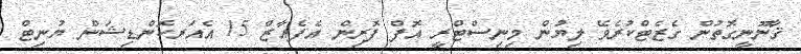
ޤާނޫނީގޮތުން ގެޒެޓްކުރެވޭ ލިޔުން މިނިސްޓްރީ އޮފް ފޮރިން އެފެއާޒް 15 އެއަރކޮންޑިޝަން ޔުނިޓް